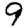
Digit: 9